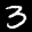
Label: 3